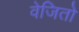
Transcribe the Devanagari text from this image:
वेजितो